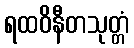
ရထဝိနီတသုတ္တံ